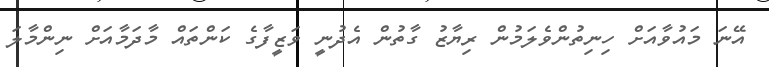
އޭނަ މައުވާއަށް ހިނިތުންވެލަމުން ރިޔާޒު ގާތުން އެދުނީ ވަޒީފާގެ ކަންތައް މާދަމާއަށް ނިންމާލަ